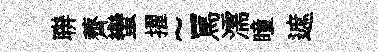
聨薺蠻擢~罵濡瞳遮